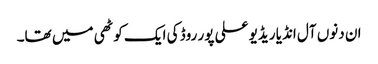
ان دنوں آل انڈیا ریڈیو علی پور روڈ کی ایک کوٹھی میں تھا۔